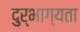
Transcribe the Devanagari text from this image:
दुर्भाग्यता